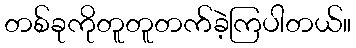
တစ်ခုကိုတူတူတက်ခဲ့ကြပါတယ်။